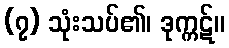
(၇) သုံးသပ်၏၊ ဒုက္ကဋ်။